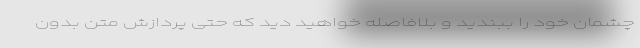
چشمان خود را ببندید و بلافاصله خواهید دید که حتی پردازش متن بدون